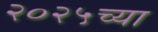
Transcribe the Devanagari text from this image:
२०२५च्या